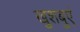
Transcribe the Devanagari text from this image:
खुशबुएं